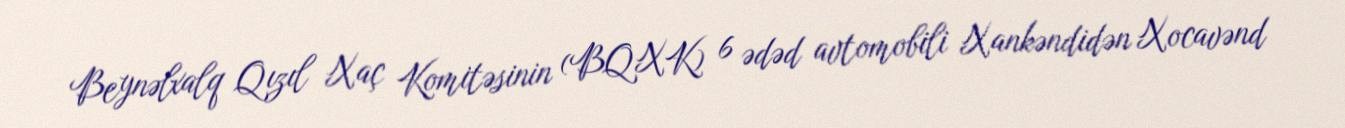
Beynəlxalq Qızıl Xaç Komitəsinin (BQXK) 6 ədəd avtomobili Xankəndidən Xocavənd